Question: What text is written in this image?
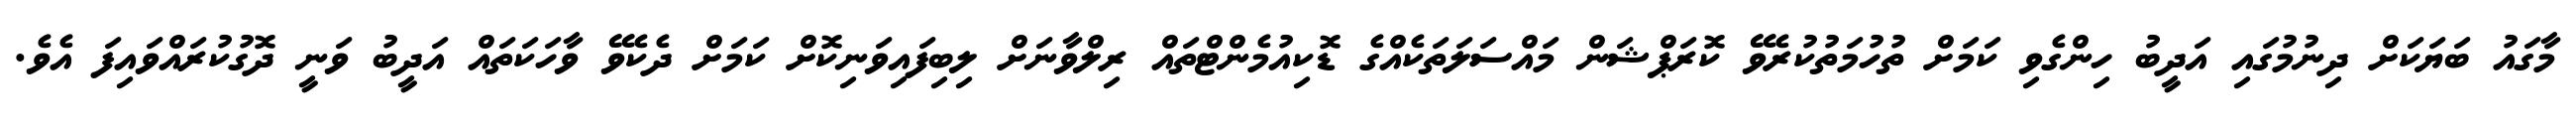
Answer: މާގައު ބަޔަކަށް ދިނުމުގައި އަދީބު ހިންގެވި ކަމަށް ތުހުމަތުކުރެވޭ ކޮރަޕްޝަން މައްސަލަތަކެއްގެ ޑޮކިއުމެންޓްތައް ރިލްވާނަށް ލިބިފައިވަނިކޮށް ކަމަށް ދެކެވޭ ވާހަކަތައް އަދީބު ވަނީ ދޮގުކުރައްވައިފަ އެވެ.